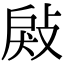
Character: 㪐